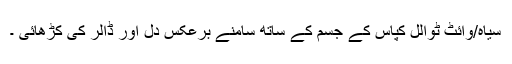
سیاہ/وائٹ ٹوالل کپاس کے جسم کے ساتھ سامنے برعکس دل اور ڈالر کی کڑھائی ۔